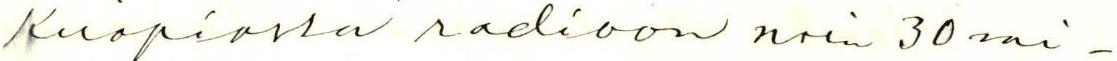
Kuopiossa radioon noin 30 mi-